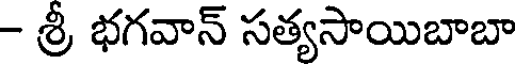
- శ్రీ భగవాన్ సత్యసాయిబాబా